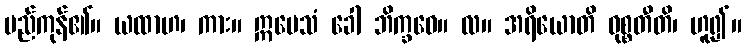
မည်ကုန်၏။ ယထာဟ၊ ကား။ ဣမေသံ ခေါ ဘိက္ခဝေ။ လ။ အရိယောတိ ဝုစ္စတီတိ၊ ဟူ၍။